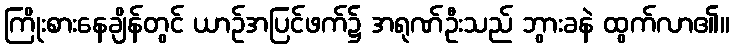
ကြိုးစားနေချိန်တွင် ယာဉ်အပြင်ဖက်၌ အရုဏ်ဦးသည် ဘွားခနဲ ထွက်လာ၏။